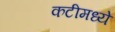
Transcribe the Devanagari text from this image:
कटीमध्ये